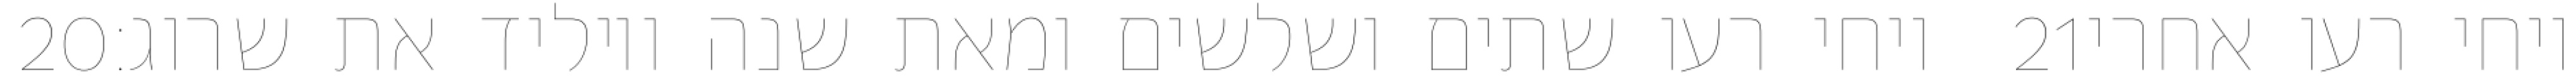
‎20‏ ויחי רעו שתים ושלשים ומאת שנה ויוליד את שרוג׃ ‎21‏ ויחי רעו אחרי